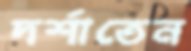
দর্শাতেন